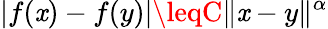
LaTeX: |f(\mathit{x})-f(y)|\leqC\| \mathit{x}-y\| ^{\alpha}